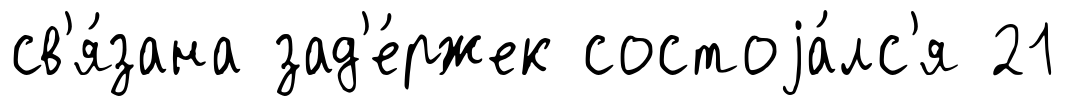
св'я́зана зад'е́ржек состоjа́лс'я 21